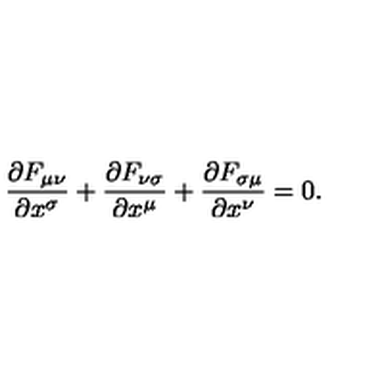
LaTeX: { \frac { \partial F _ { \mu \nu } } { \partial x ^ { \sigma } } } + { \frac { \partial F _ { \nu \sigma } } { \partial x ^ { \mu } } } + { \frac { \partial F _ { \sigma \mu } } { \partial x ^ { \nu } } } = 0 .